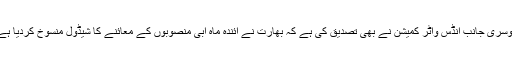
دوسری جانب انڈس واٹر کمیشن نے بھی تصدیق کی ہے کہ بھارت نے آئندہ ماہ آبی منصوبوں کے معائنے کا شیڈول منسوخ کردیا ہے۔